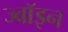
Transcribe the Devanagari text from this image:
ज्‍वॉइन